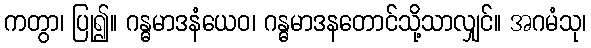
ကတွာ၊ ပြု၍။ ဂန္ဓမာဒနံယေဝ၊ ဂန္ဓမာဒနတောင်သို့သာလျှင်။ အဂမံသု၊